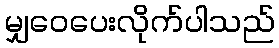
မျှဝေပေးလိုက်ပါသည်